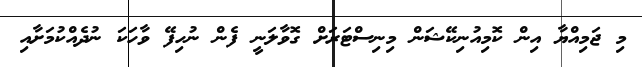
މި ޖަމިއްޔާ އިން ކޮމިއުނިކޭޝަން މިނިސްޓަރަށް ގޮވާލަނީ ފެން ނުހިފޭ ވާހަކަ ނުދެއްކުމަށާއި